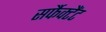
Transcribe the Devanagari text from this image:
सर्फैक्टैंट